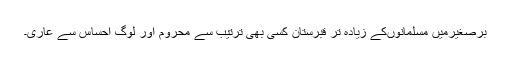
برصغیرمیں مسلمانوںکے زیادہ تر قبرستان کسی بھی ترتیب سے محروم اور لوگ احساس سے عاری۔